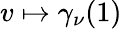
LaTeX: v\mapsto\gamma_{\nu}(1)